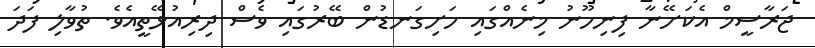
ޖަރާސީމް އެކަށޭނާ ފިނިހޫނު މިނެއްގައި ހަށިގަނޑުން ބޭރުގައި ވެސް ދިރިއުޅޭތީއެވެ. ތުވާލި ފަދަ